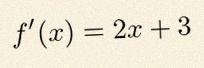
f'(x)=2x+3